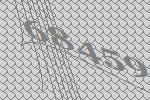
68459